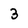
Character: 3